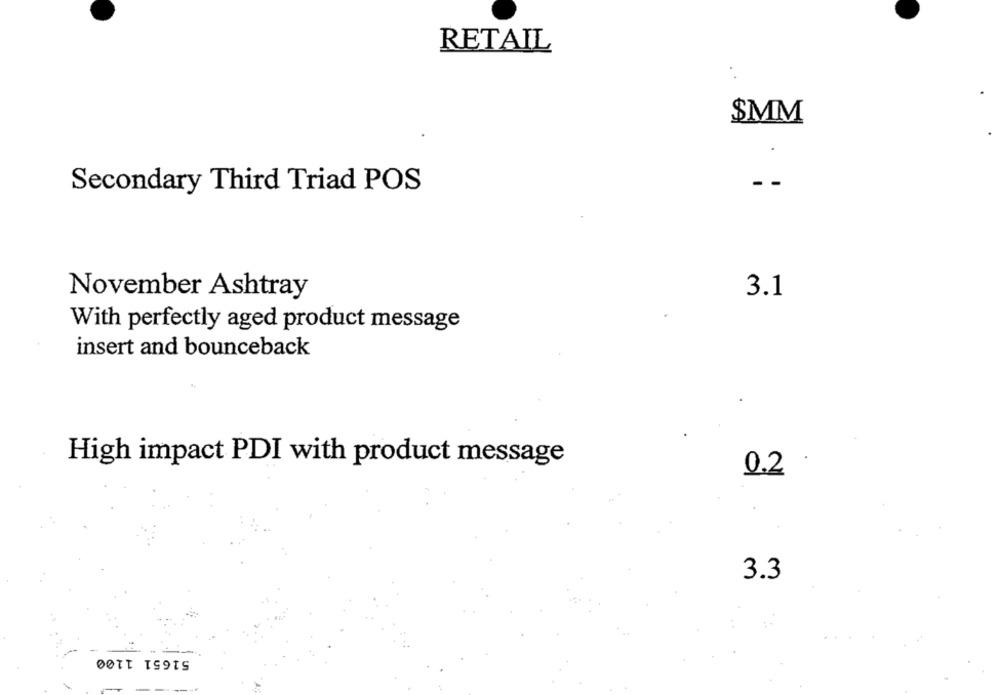
RETAIL
$MM
Secondary Third Triad POS
November Ashtray
3.1
With perfectly aged product message
insert and bounceback
High impact PDI with product message
0.2
3.3
51651 1100